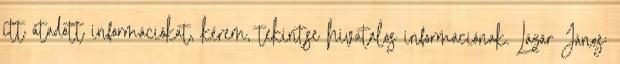
itt átadott információkat, kérem, tekintse hivatalos információnak. Lázár János: